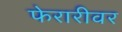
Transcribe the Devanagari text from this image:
फेरारीवर